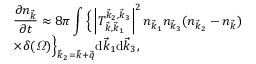
\begin{array} { l } { \displaystyle \frac { \partial n _ { \vec { k } } } { \partial t } \approx 8 \pi \int \Big \{ \left| T _ { \vec { k } , \vec { k } _ { 1 } } ^ { \vec { k } _ { 2 } , \vec { k } _ { 3 } } \right| ^ { 2 } n _ { \vec { k } _ { 1 } } n _ { \vec { k } _ { 3 } } ( n _ { \vec { k } _ { 2 } } - n _ { \vec { k } } ) } \\ { \displaystyle \times \delta ( \varOmega ) \Big \} _ { \vec { k } _ { 2 } = \vec { k } + \vec { q } } \mathrm d \vec { k } _ { 1 } \mathrm d \vec { k } _ { 3 } , } \end{array}